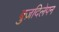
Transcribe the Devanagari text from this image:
बुज़दिलेपन